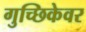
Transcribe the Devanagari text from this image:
गुच्छिकेवर